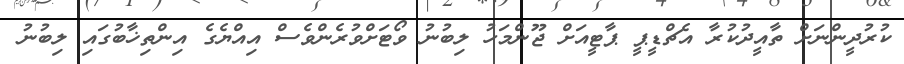
ކުރުދީންނަށް ތާއީދުކުރާ އެޗްޑީޕީ ޕާޓީއަށް ޖޫންމަހު ލިބުނު ވޯޓަށްވުރެންވެސް އިއްޔެގެ އިންތިޚާބުގައި ލިބުނު